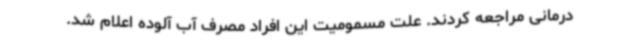
درمانی مراجعه کردند. علت مسمومیت این افراد مصرف آب آلوده اعلام شد.